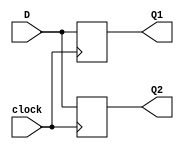
`timescale 1ns / 1ps
//////////////////////////////////////////////////////////////////////////////////
// Company: 
// Engineer: 
// 
// Design Name: 
// Module Name: blocking_assignment
// Project Name: 
// Target Devices: 
// Tool Versions: 
// Description: 
// 
// Dependencies: 
// 
// Revision:
// Revision 0.01 - File Created
// Additional Comments:
// 
//////////////////////////////////////////////////////////////////////////////////


module blocking_assignment(D, clock, Q1, Q2);
input D, clock;
output reg Q1, Q2;
always@(posedge clock) 
begin
    Q1 = D;
    Q2 = Q1;
end
endmodule